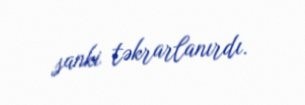
sanki təkrarlanırdı.